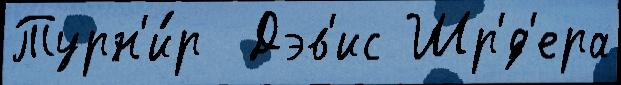
Турн'и́р  Дэв'ис Шр'́д'ера